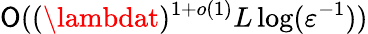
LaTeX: \mathsf{O}((\lambdat)^{1+o(1)}L\log(\varepsilon^{-1}))